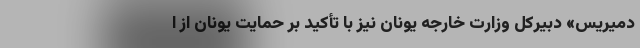
دمیریس» دبیرکل وزارت خارجه یونان نیز با تأکید بر حمایت یونان از ا